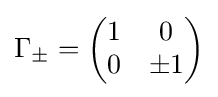
\Gamma _{\pm }={\begin{pmatrix}1&0\\0&\pm 1\end{pmatrix}}